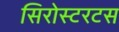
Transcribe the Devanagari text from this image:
सिरोस्टरटस